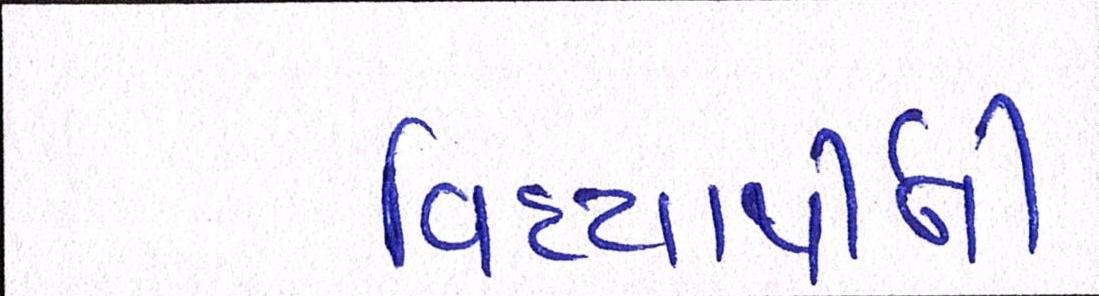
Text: વિદ્યાર્થીની